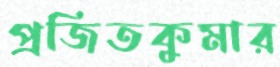
প্রজিতকুমার